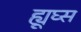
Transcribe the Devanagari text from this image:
ह्यूघ्स